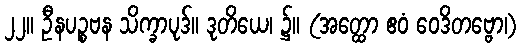
၂၂။ ဦနပဉ္စဗန သိက္ခာပုဒ်။ ဒုတိယေ၊ ၌။ (အတ္ထော ဧဝံ ဝေဒိတဗ္ဗော၊)